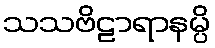
သသဗိဠာရာနမ္ပိ